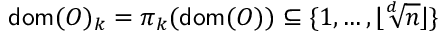
\mathsf { d o m } ( O ) _ { k } = \pi _ { k } ( \mathsf { d o m } ( O ) ) \subseteq \{ 1 , \dots , \lfloor \sqrt [ d ] { n } \rfloor \}